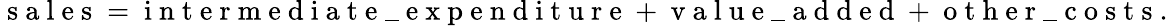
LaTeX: \mathrm{~s~a~l~e~s~}=\mathrm{~i~n~t~e~r~m~e~d~i~a~t~e~\_ ~e~x~p~e~n~d~i~t~u~r~e~}+\mathrm{~v~a~l~u~e~\_ ~a~d~d~e~d~}+\mathrm{~o~t~h~e~r~\_ ~c~o~s~t~s~}.